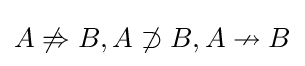
A\not \Rightarrow B,A\not \supset B,A\nrightarrow B